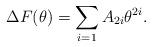
LaTeX: \begin{align*}\Delta F(\theta) = \sum_{i=1} A_{2i} \theta^{2i}.\end{align*}